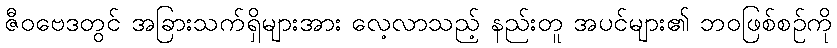
ဇီဝဗေဒတွင် အခြားသက်ရှိများအား လေ့လာသည့် နည်းတူ အပင်များ၏ ဘဝဖြစ်စဉ်ကို